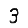
Digit: 3